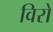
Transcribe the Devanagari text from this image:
विरो